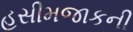
હસીમજાકની